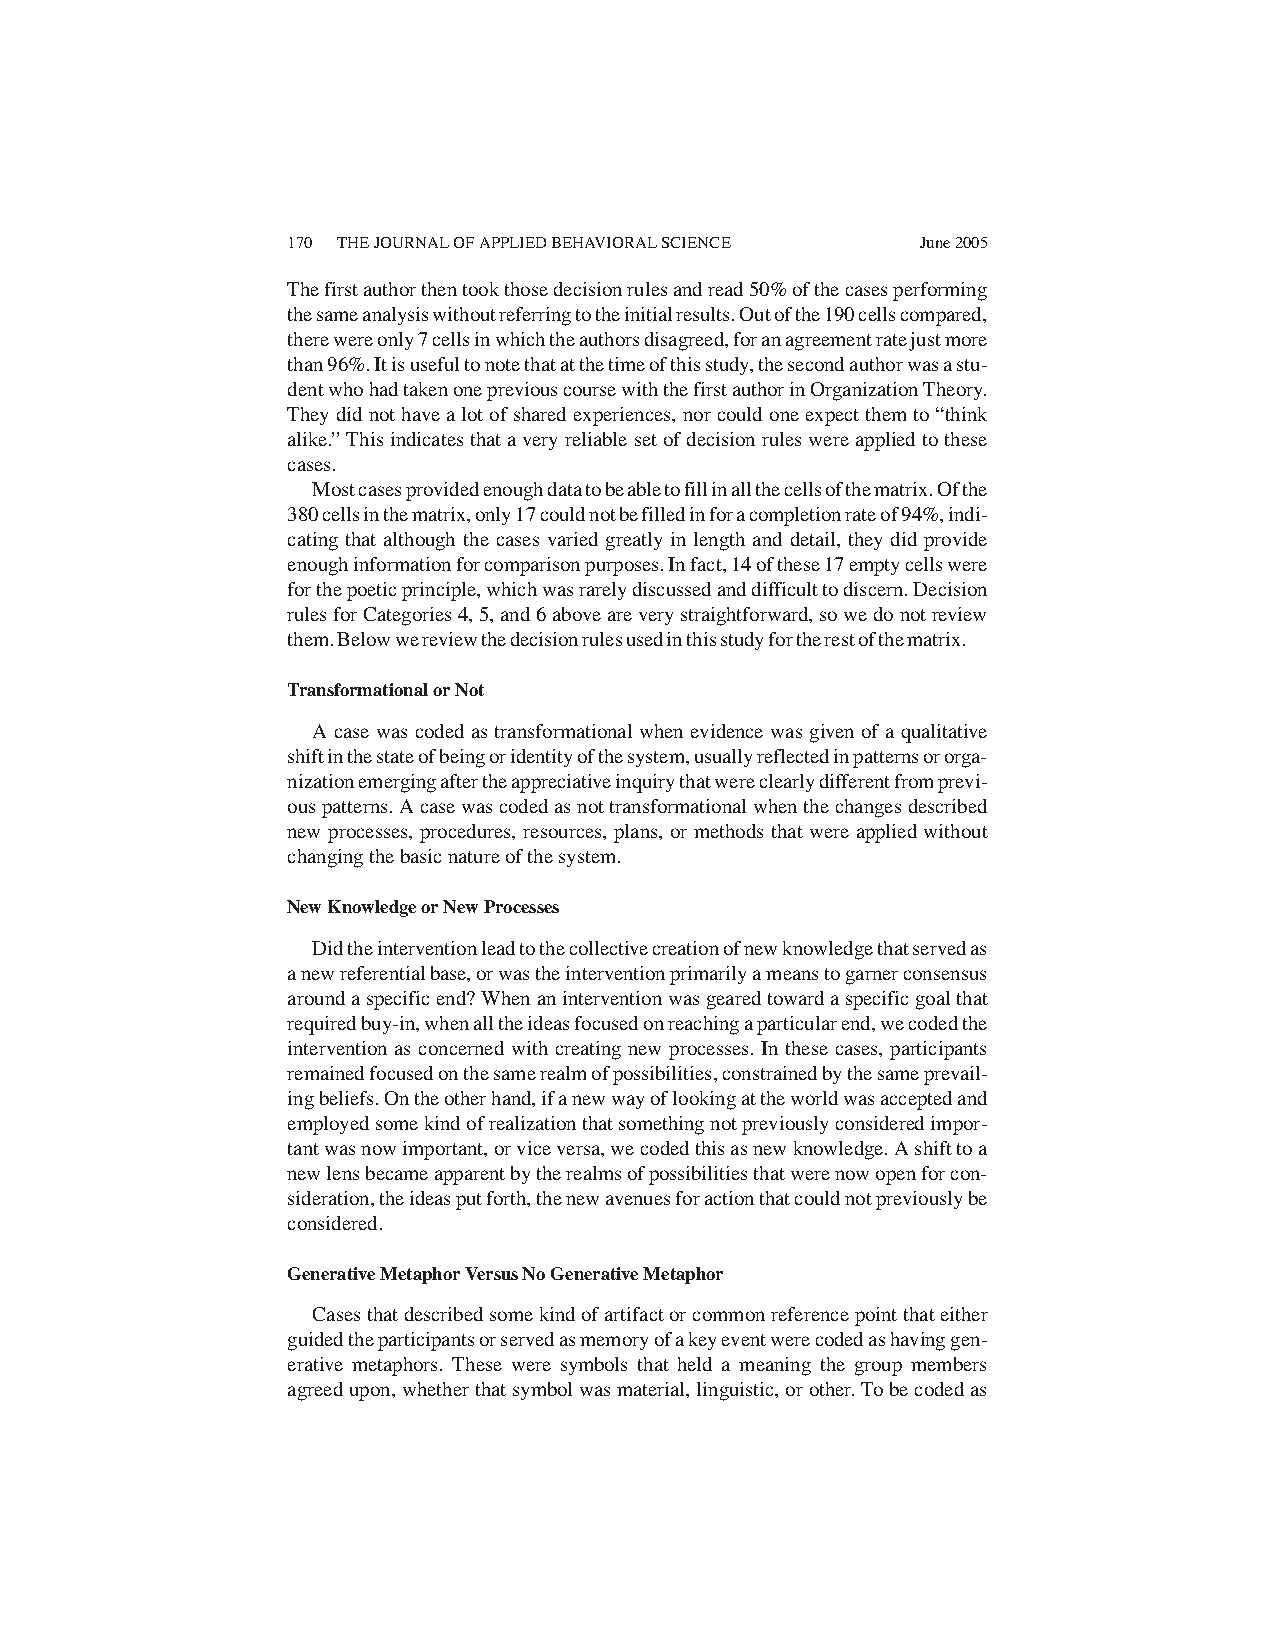
170 THE JOURNAL OF APPLIED BEHAVIORAL SCIENCE June 2005
 Thefirstauthorthentookthosedecisionrulesandread50%ofthecasesperforming
 thesameanalysiswithoutreferringtotheinitialresults.Outofthe190cellscompared,
 therewereonly7cellsinwhichtheauthorsdisagreed,foranagreementratejustmore
 than96%.Itisusefultonotethatatthetimeofthisstudy,thesecondauthorwasastu-
 dentwhohadtakenonepreviouscoursewiththefirstauthorinOrganizationTheory.
 Theydidnothavealotofsharedexperiences,norcouldoneexpectthemto“think
 alike.”Thisindicatesthataveryreliablesetofdecisionruleswereappliedtothese
 cases.
 Mostcasesprovidedenoughdatatobeabletofillinallthecellsofthematrix.Ofthe
 380cellsinthematrix,only17couldnotbefilledinforacompletionrateof94%,indi-
 cating that although the cases varied greatly in length and detail, they did provide
 enoughinformationforcomparisonpurposes.Infact,14ofthese17emptycellswere
 forthepoeticprinciple,whichwasrarelydiscussedanddifficulttodiscern.Decision
 rulesforCategories4,5,and6aboveareverystraightforward,sowedonotreview
 them.Belowwereviewthedecisionrulesusedinthisstudyfortherestofthematrix.
 Transformational or Not
 A case was coded as transformational when evidence was given of a qualitative
 shiftinthestateofbeingoridentityofthesystem,usuallyreflectedinpatternsororga-
 nizationemergingaftertheappreciativeinquirythatwereclearlydifferentfromprevi-
 ouspatterns.Acasewascodedasnottransformationalwhenthechangesdescribed
 new processes, procedures, resources, plans, or methods that were applied without
 changing the basic nature of the system.
 New Knowledge or New Processes
 Didtheinterventionleadtothecollectivecreationofnewknowledgethatservedas
 anewreferentialbase,orwastheinterventionprimarilyameanstogarnerconsensus
 aroundaspecificend?Whenaninterventionwasgearedtowardaspecificgoalthat
 requiredbuy-in,whenalltheideasfocusedonreachingaparticularend,wecodedthe
 intervention as concerned with creating new processes. In these cases, participants
 remainedfocusedonthesamerealmofpossibilities,constrainedbythesameprevail-
 ingbeliefs.Ontheotherhand,ifanewwayoflookingattheworldwasacceptedand
 employedsomekindofrealizationthatsomethingnotpreviouslyconsideredimpor-
 tantwasnowimportant,orviceversa,wecodedthisasnewknowledge.Ashifttoa
 newlensbecameapparentbytherealmsofpossibilitiesthatwerenowopenforcon-
 sideration,theideasputforth,thenewavenuesforactionthatcouldnotpreviouslybe
 considered.
 Generative Metaphor Versus No Generative Metaphor
 Casesthatdescribedsomekindofartifactorcommonreferencepointthateither
 guidedtheparticipantsorservedasmemoryofakeyeventwerecodedashavinggen-
 erative metaphors. These were symbols that held a meaning the group members
 agreedupon,whetherthatsymbolwasmaterial,linguistic,orother.Tobecodedas